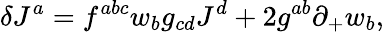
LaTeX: \delta J^{a}=f^{abc}w_{b}g_{cd}J^{d}+2g^{ab}\partial_{+}w_{b},